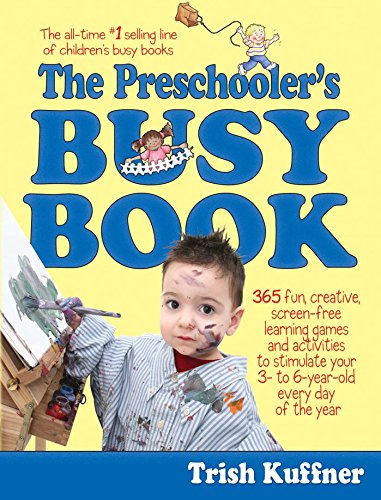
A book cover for Preschooler's Busy Book: 365 Creative Games & Activities To Occupy 3-6 Year Olds (Busy Books Series); Trish Kuffner; Crafts, Hobbies & Home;